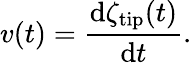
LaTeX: v(t)=\frac{\mathrm{d}\zeta_{\mathrm{tip}}(t)}{\mathrm{d}t}.